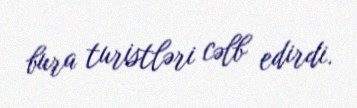
bura turistləri cəlb edirdi.